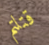
قتلتم